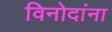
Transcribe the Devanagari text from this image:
विनोदांना